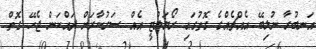
އަނބުރާ ނުލިބޭ އެއްޗެއްގެ ގޮތުގައި ރޯޔަލްޓީ އެއް ސަރުކާރަށް ދައްކަން ޖެހޭ ގޮތް